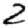
Digit: 2